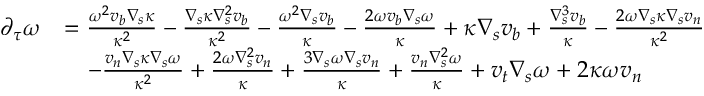
\begin{array} { r l } { \partial _ { \tau } \omega } & { = \frac { \omega ^ { 2 } v _ { b } \nabla _ { s } \kappa } { \kappa ^ { 2 } } - \frac { \nabla _ { s } \kappa \nabla _ { s } ^ { 2 } v _ { b } } { \kappa ^ { 2 } } - \frac { \omega ^ { 2 } \nabla _ { s } v _ { b } } { \kappa } - \frac { 2 \omega v _ { b } \nabla _ { s } \omega } { \kappa } + \kappa \nabla _ { s } v _ { b } + \frac { \nabla _ { s } ^ { 3 } v _ { b } } { \kappa } - \frac { 2 \omega \nabla _ { s } \kappa \nabla _ { s } v _ { n } } { \kappa ^ { 2 } } } \\ & { \quad - \frac { v _ { n } \nabla _ { s } \kappa \nabla _ { s } \omega } { \kappa ^ { 2 } } + \frac { 2 \omega \nabla _ { s } ^ { 2 } v _ { n } } { \kappa } + \frac { 3 \nabla _ { s } \omega \nabla _ { s } v _ { n } } { \kappa } + \frac { v _ { n } \nabla _ { s } ^ { 2 } \omega } { \kappa } + v _ { t } \nabla _ { s } \omega + 2 \kappa \omega v _ { n } } \end{array}